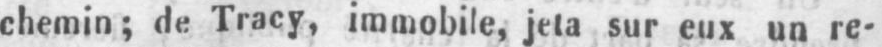
chemin; de Tracy, immobile, jeta sur eux un re-